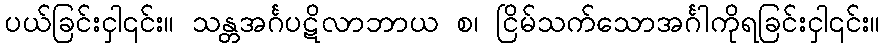
ပယ်ခြင်းငှါ၎င်း။ သန္တအင်္ဂပဋိလာဘာယ စ၊ ငြိမ်သက်သောအင်္ဂါကိုရခြင်းငှါ၎င်း။